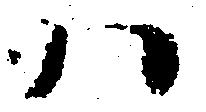
ハ